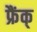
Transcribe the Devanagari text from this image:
फ्रैंक्